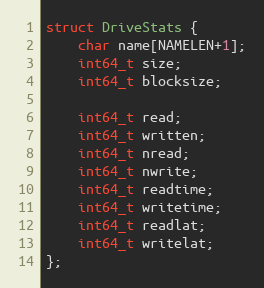
Language: C
struct DriveStats {
	char name[NAMELEN+1];
	int64_t size;
	int64_t blocksize;

	int64_t read;
	int64_t written;
	int64_t nread;
	int64_t nwrite;
	int64_t readtime;
	int64_t writetime;
	int64_t readlat;
	int64_t writelat;
};